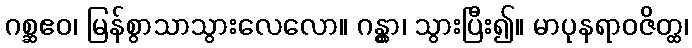
ဂစ္ဆဧဝ၊ မြန်စွာသာသွားလေလော။ ဂန္တွာ၊ သွားပြီး၍။ မာပုနရာဝဇိတ္ထ၊